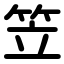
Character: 笠